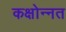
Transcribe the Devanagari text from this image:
कक्षोन्नत